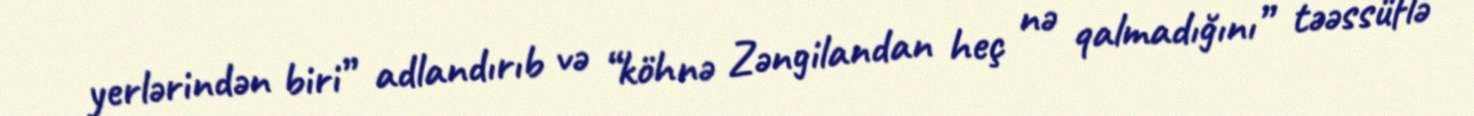
yerlərindən biri” adlandırıb və “köhnə Zəngilandan heç nə qalmadığını” təəssüflə